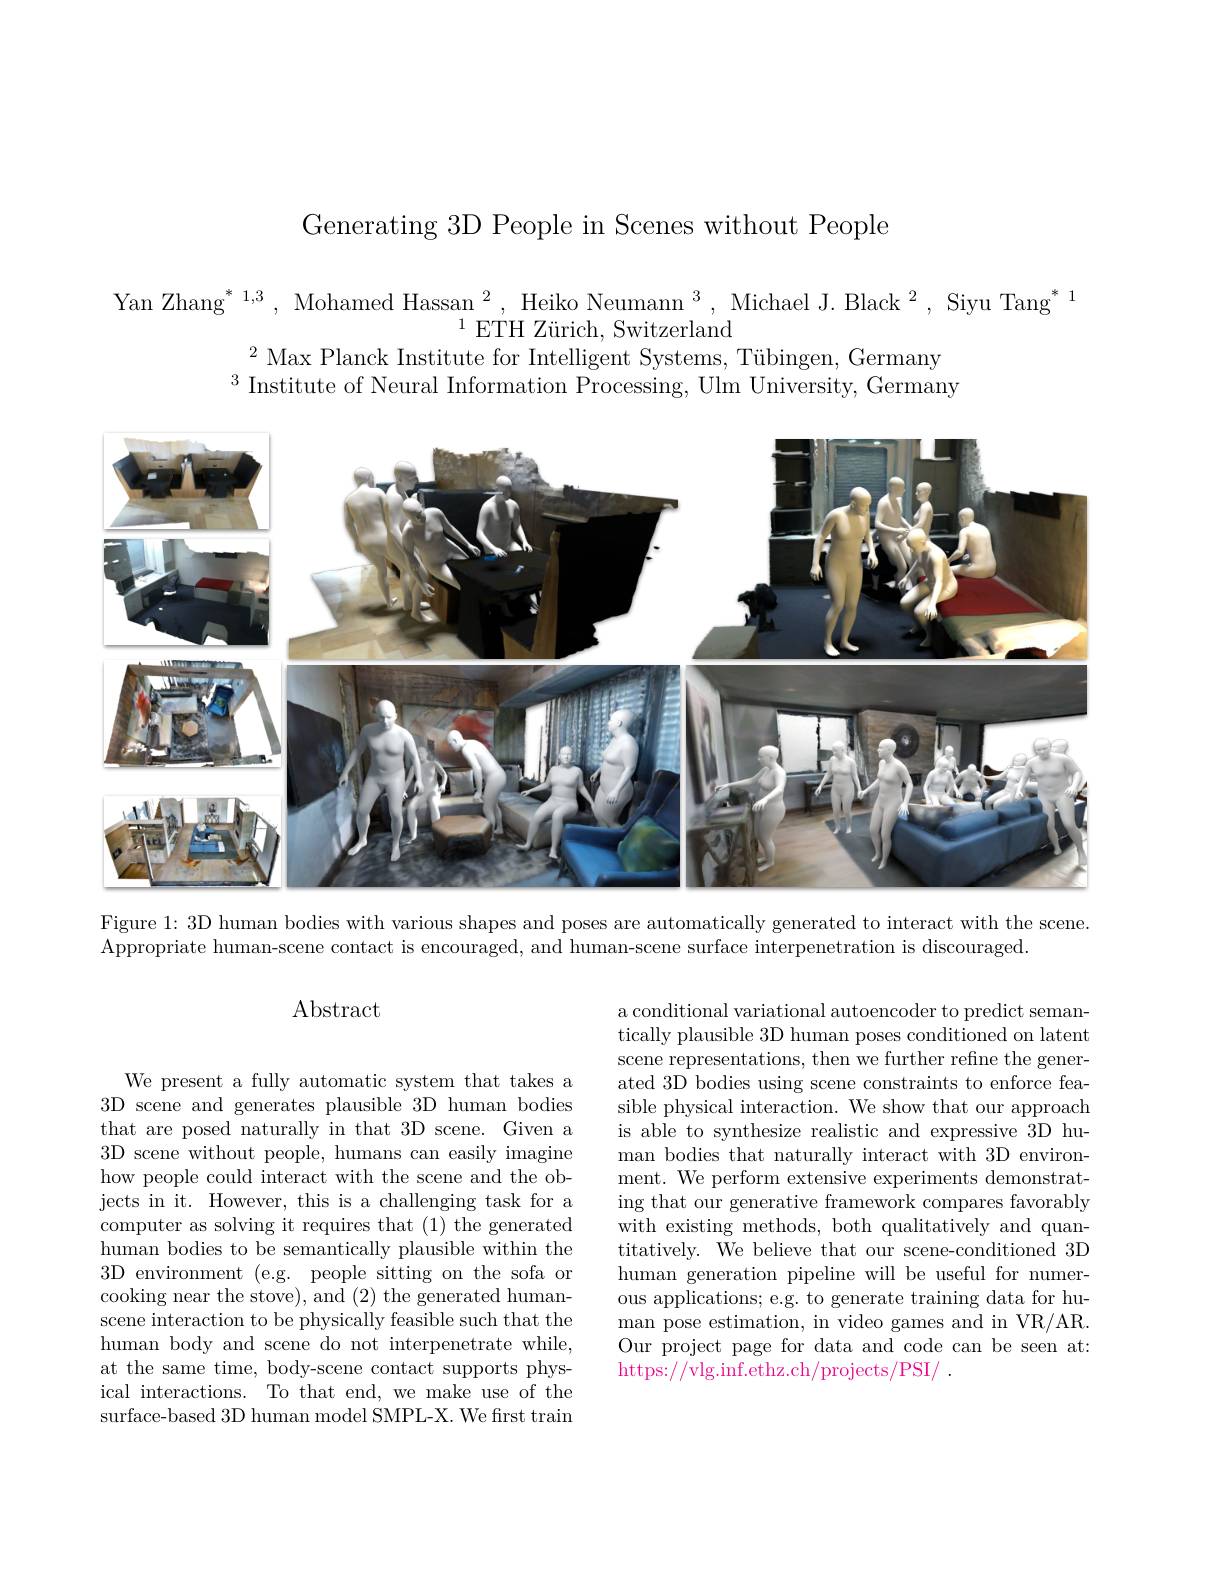
Generating 3D People in Scenes without People

Yan Zhang$^*1,3,\text{ Mohamed Hassan }^2,\text{ Heiko Neumann }^3,\text{ Michael J.Black}^2,\text{ Siyu Tang}^*1$
$^{1}$ETH Zürich, Switzerland
$^2\text{ Max Planck Institute for Intelligent Systems, T\"{u} bingen, Germany}$
$^{3}$ Institute of Neural Information Processing, Ulm University, Germany

<FigureHere>

Figure 1: 3D human bodies with various shapes and poses are automatically generated to interact with the scene

Appropriate human-scene contact is encouraged, and human-scene surface interpenetration is discouraged.

Abstract

a conditional variational autoencoder to predict semantically plausible 3D human poses conditioned on latent scene representations, then we further refine the generated 3D bodies using scene constraints to enforce feasible physical interaction. We show that our approach is able to synthesize realistic and expressive 3D human bodies that naturally interact with 3D environment. We perform extensive experiments demonstrating that our generative framework compares favorably with existing methods, both qualitatively and quantitatively. We believe that our scene-conditioned 3D human generation pipeline will be useful for numerous applications; e.g. to generate training data for human pose estimation, in video games and in VR/AR Our project page for data and code can be seen at: https://vlg.inf.ethz.ch/projects/PSI/

We present a fully automatic system that takes a 3D scene and generates plausible 3D human bodies that are posed naturally in that 3D scene. Given a 3D scene without people, humans can easily imagine how people could interact with the scene and the objects in it. However, this is a challenging task for a computer as solving it requires that (1) the generated human bodies to be semantically plausible within the 3D environment (e.g. people sitting on the sofa or cooking near the stove), and (2) the generated humanscene interaction to be physically feasible such that the human body and scene do not interpenetrate while, at the same time, body-scene contact supports physical interactions. To that end, we make use of the surface-based 3D human model SMPL-X. We frst train